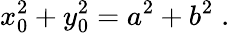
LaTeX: x_{0}^{2}+y_{0}^{2}=a^{2}+b^{2}\; .